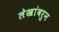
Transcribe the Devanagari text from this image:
लेखांवरुन